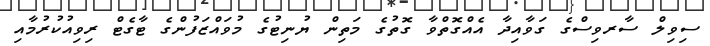
ސިވިލް ސާރވިސްގެ ގަވާއިދާ އެއްގޮތްވާ ގޮތުގެ މަތިން ޔުނިޓުގެ މުވައްޒަފުންގެ ޓާގެޓް ރިވިއުކުރުމާއި